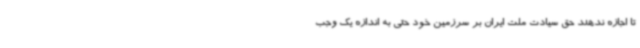
تا اجازه ندهند حق سیادت ملت ایران بر سرزمین خود حتی به اندازه یک وجب